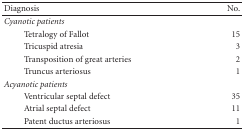
<table><thead><tr><td><b>Diagnosis</b></td><td><b>No.</b></td></tr></thead><tbody><tr><td><i><b>Cyanotic patients</b></i></td><td></td></tr><tr><td>Tetralogy of Fallot</td><td>15</td></tr><tr><td>Tricuspid atresia</td><td>3</td></tr><tr><td>Transposition of great arteries</td><td>2</td></tr><tr><td>Truncus arteriosus</td><td>1</td></tr><tr><td><i><b>Acyanotic patients</b></i></td><td></td></tr><tr><td>Ventricular septal defect</td><td>35</td></tr><tr><td>Atrial septal defect</td><td>11</td></tr><tr><td>Patent ductus arteriosus</td><td>1</td></tr></tbody></table>